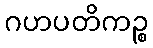
ဂဟပတိကဉ္စ